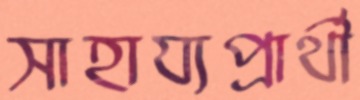
সাহায্যপ্রার্থী